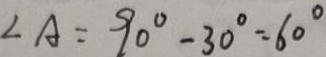
\angle A = 9 0 ^ { \circ } - 3 0 ^ { \circ } = 6 0 ^ { \circ }